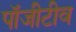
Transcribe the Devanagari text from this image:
पॉजीटीव